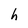
Character: h